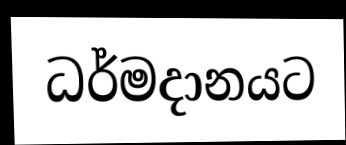
ධර්මදානයට